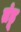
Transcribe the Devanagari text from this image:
तंडू